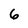
Character: 6